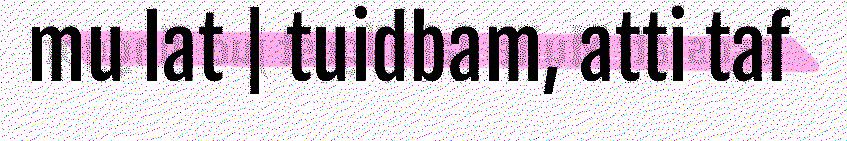
mu lat | tuidbam, atti taf